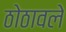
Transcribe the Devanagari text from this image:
ठोठावले